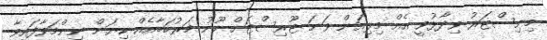
މިނިސްޓަރު ވިދާޅުވީ އެއް މިލިއަން ވަނަ ޓޫރިސްޓަށް ހޫނު މަރުހަބާއެއް ކިޔަން ނިންމަވާފައިވާ